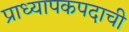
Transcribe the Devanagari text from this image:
प्राध्यापकपदाची